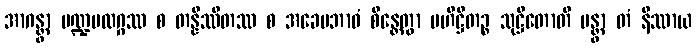
အာဂန္တွာ မဏ္ဍပလဂ္ဂဿ စ တန္နိဿိတဿ စ အခေမဘာဝံ စိန္တေတွာ ဗဟိဋ္ဌိတဉ္စ သုဋ္ဌိတောတိ မန္တွာ တံ နိဿာယ